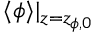
\langle \phi \rangle | _ { z = z _ { \phi , 0 } }